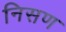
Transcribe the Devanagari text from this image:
निसण